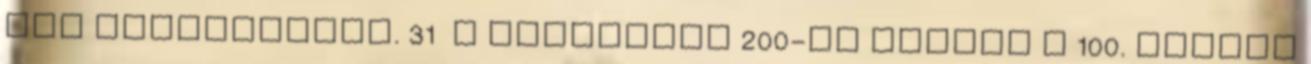
the Lightningot. 31 A Billboard 200-as listán a 100. helyen